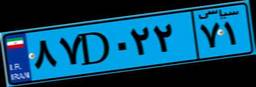
۰۹D۴۲۷۱۷